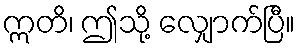
ဣတိ၊ ဤသို့ လျှောက်ပြီ။